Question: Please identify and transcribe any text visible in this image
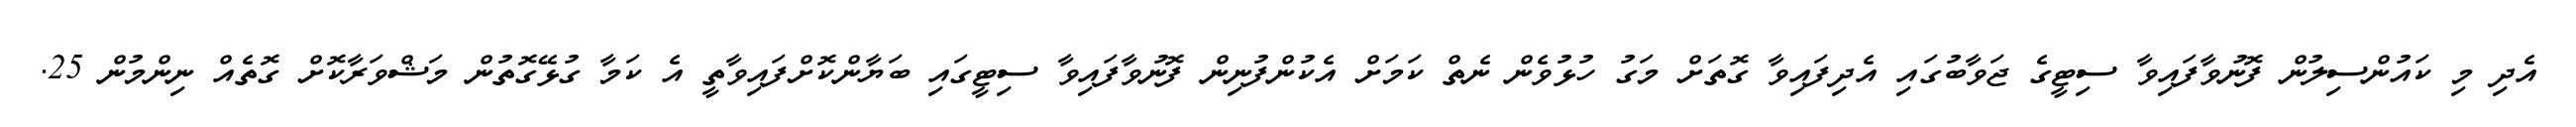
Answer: އެދި މި ކައުންސިލުން ފޮނުވާފައިވާ ސިޓީގެ ޖަވާބުގައި އެދިފައިވާ ގޮތަށް މަގު ހުޅުވެން ނެތް ކަމަށް އެކުންފުނިން ފޮނުވާފައިވާ ސިޓީގައި ބަޔާންކޮށްފައިވާތީ އެ ކަމާ ގުޅޭގޮތުން މަޝްވަރާކޮށް ގޮތެއް ނިންމުން 25.